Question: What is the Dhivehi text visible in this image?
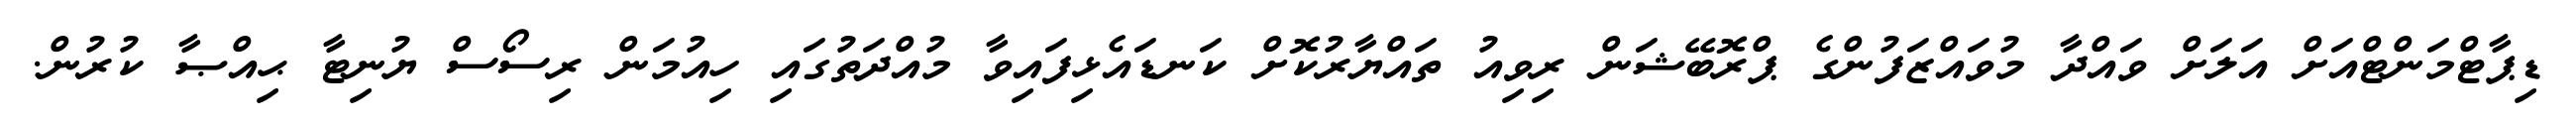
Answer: ޑިޕާޓްމަންޓްއަށް އަލަށް ވައްދާ މުވައްޒަފުންގެ ޕްރޮބޭޝަން ރިވިއު ތައްޔާރުކޮށް ކަނޑައެޅިފައިވާ މުއްދަތުގައި ހިއުމަން ރިސޯސް ޔުނިޓާ ޙިއްޞާ ކުރުން.